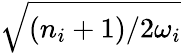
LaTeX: \sqrt{(n_{i}+1)/{2\omega_{i}}}